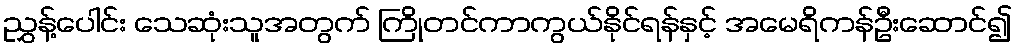
ညွှန့်ပေါင်း သေဆုံးသူအတွက် ကြိုတင်ကာကွယ်နိုင်ရန်နှင့် အမေရိကန်ဦးဆောင်၍